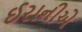
ઈરાનીએ